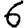
Digit: 6